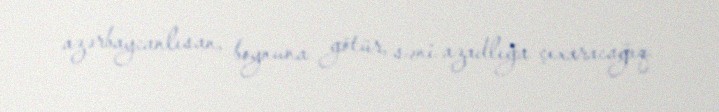
azərbaycanlısan, boynuna götür, səni azadlığa çıxaracağıq.